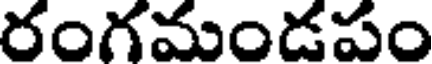
రంగమండపం